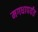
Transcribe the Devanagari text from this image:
मगधापर्यंत